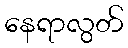
နေရာလွတ်